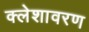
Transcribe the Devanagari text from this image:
क्लेशावरण